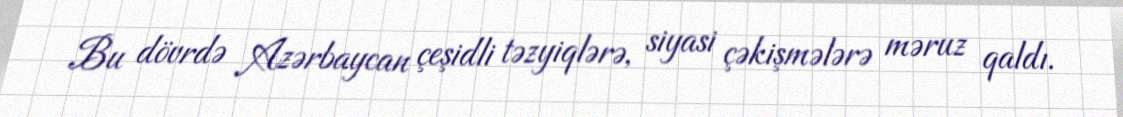
Bu dövrdə Azərbaycan çeşidli təzyiqlərə, siyasi çəkişmələrə məruz qaldı.